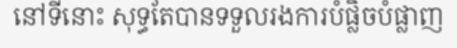
នៅទីនោះ សុទ្ធតែបានទទួលរងការបំផ្លិចបំផ្លាញ